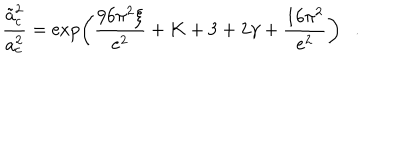
{ \frac { \tilde { a } _ { c } ^ { 2 } } { a _ { c } ^ { 2 } } } = \exp \left( { \frac { 9 6 \pi ^ { 2 } \xi } { e ^ { 2 } } } + K + 3 + 2 \gamma + { \frac { 1 6 \pi ^ { 2 } } { e ^ { 2 } } } \right) .